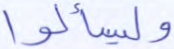
وليسألوا